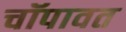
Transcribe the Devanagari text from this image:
चॉपावत